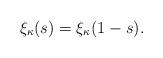
LaTeX: \begin{align*}\xi_\kappa(s)=\xi_\kappa(1-s).\end{align*}